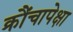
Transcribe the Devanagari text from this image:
क्रौंचापेक्षा